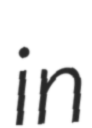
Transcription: in